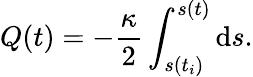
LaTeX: Q(t)=-\frac{\kappa}{2}\int_{s(t_{i})}^{s(t)}\mathrm{d}s.